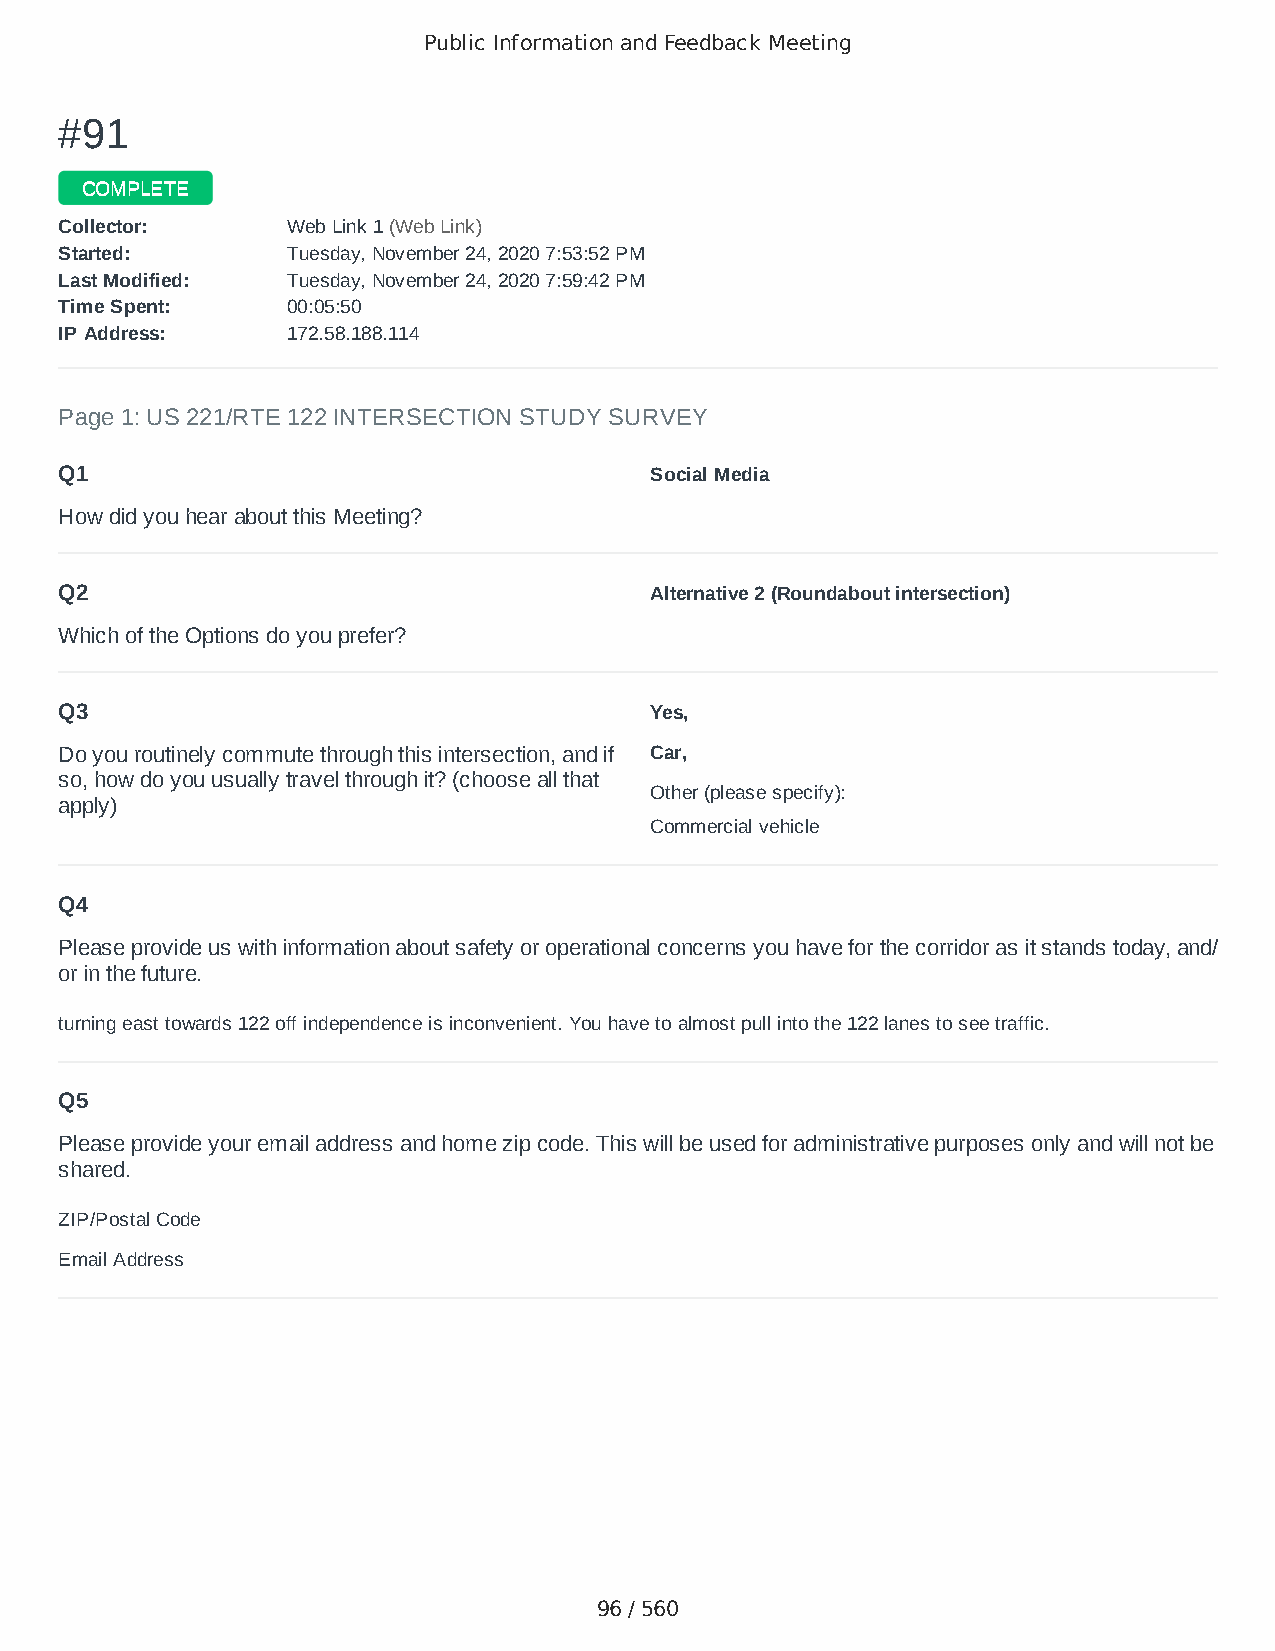
Public Information and Feedback Meeting
 ##9911
 CCOOMMPPLLEETTEE
 CCoolllleeccttoorr:: WWeebb LLiinnkk 11 ((WWeebb LLiinnkk))
 SSttaarrtteedd:: TTuueessddaayy,, NNoovveemmbbeerr 2244,, 22002200 77::5533::5522 PPMM
 LLaasstt MMooddiiffiieedd:: TTuueessddaayy,, NNoovveemmbbeerr 2244,, 22002200 77::5599::4422 PPMM
 TTiimmee SSppeenntt:: 0000::0055::5500
 IIPP AAddddrreessss:: 117722..5588..118888..111144
 Page 1: US 221/RTE 122 INTERSECTION STUDY SURVEY
 Q1                                     Social Media
 How did you hear about this Meeting?
 Q2                                     Alternative 2 (Roundabout intersection)
 Which of the Options do you prefer?
 Q3                                     Yes,
 Do you routinely commute through this intersection, and if Car,
 so, how do you usually travel through it? (choose all that
 Other (please specify):
 apply)
 Commercial vehicle
 Q4
 Please provide us with information about safety or operational concerns you have for the corridor as it stands today, and/
 or in the future.
 turning east towards 122 off independence is inconvenient. You have to almost pull into the 122 lanes to see traffic.
 Q5
 Please provide your email address and home zip code. This will be used for administrative purposes only and will not be
 shared.
 ZIP/Postal Code                        24523
 Email Address                          jrayburn1972@gmail.com
 96 / 560